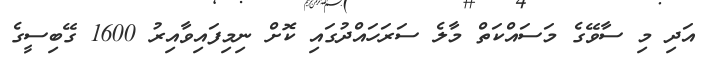
އަދި މި ސާވޭގެ މަސައްކަތް މާލެ ސަރަހައްދުގައި ކޮށް ނިމިފައިވާއިރު 1600 ގޭބިސީގެ